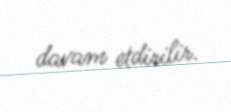
davam etdirilir.